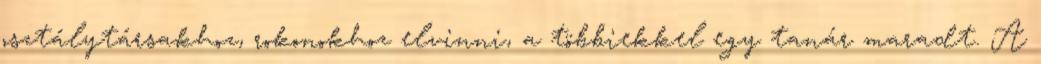
osztálytársakhoz, rokonokhoz elvinni, a többiekkel egy tanár maradt. A